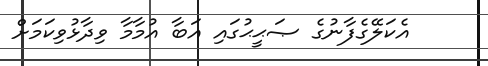
އެކަލޭގެފާނުގެ ޞަޙީޙުގައި އަބާ އުމާމާ ވިދާޅުވިކަމަށް